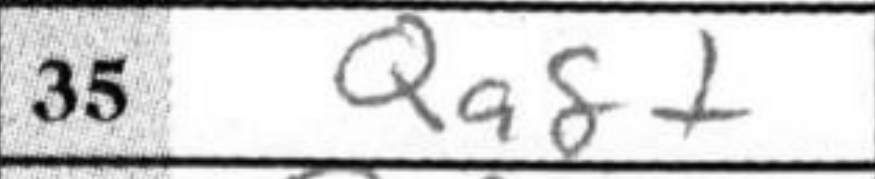
Transcription: Qa8+